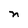
Character: n